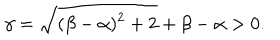
\gamma = \sqrt { ( \beta - \alpha ) ^ { 2 } + 2 } + \beta - \alpha > 0 .